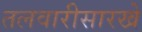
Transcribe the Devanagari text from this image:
तलवारीसारखे